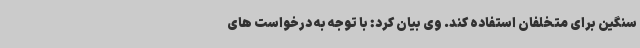
سنگین برای متخلفان استفاده کند. وی بیان کرد: با توجه به درخواست های